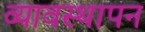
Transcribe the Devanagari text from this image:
व्यावस्थापन